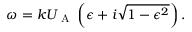
\omega = k U _ { \mathrm { ~ A ~ } } \left( \epsilon + i \sqrt { 1 - \epsilon ^ { 2 } } \right) .